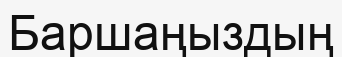
Баршаңыздың